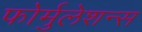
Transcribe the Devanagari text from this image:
फोर्मुलेशन्स